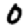
Digit: 0